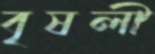
বৃষলী